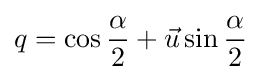
q=\cos {\frac {\alpha }{2}}+{\vec {u}}\sin {\frac {\alpha }{2}}